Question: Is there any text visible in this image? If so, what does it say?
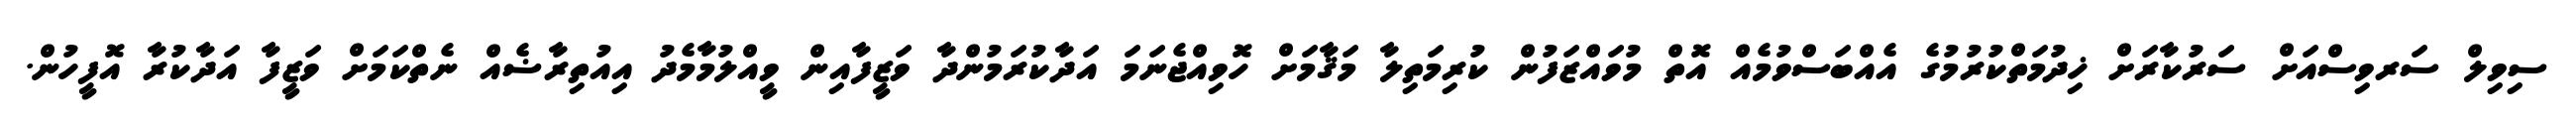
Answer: ސިވިލް ސަރވިސްއަށް ސަރުކާރަށް ޚިދުމަތްކުރުމުގެ އެއްބަސްވުމެއް އޮތް މުވައްޒަފުން ކުރިމަތިލާ މަޤާމަށް ހޮވިއްޖެނަމަ އަދާކުރަމުންދާ ވަޒީފާއިން ވީއްލުމާމެދު އިއުތިރާޟެއް ނެތްކަމަށް ވަޒީފާ އަދާކުރާ އޮފީހުން.